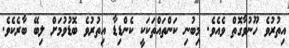
އިތުރުވެ ހޫނުވާގޮތް ވެއެވެ. މިބުނި ކަންތައްތަކަކީ ކެންޑިޑާ އިތުރުވެ ބޮޑުވުމަށް ލިބޭ ބާރެކެވެ.